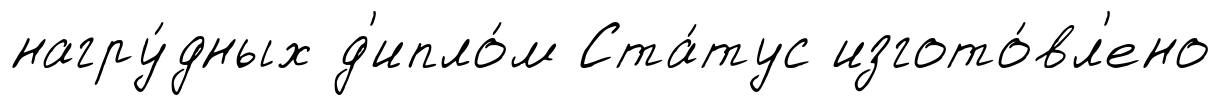
нагру́дных д'ипло́м Ста́тус изгото́вл'ено